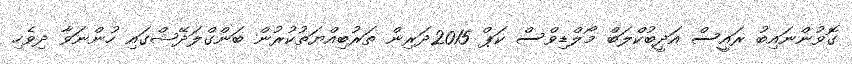
ގޮވުންނައިބު ރައީސް އަދީބުކްލަބް މޯލްޑިވްސް ކަޕް 2015ދަރިން ތަރުބިއްޔަތުކުރުން ބަންގްލަދޭޝްގައި ހުންނަވާ ދިވެހި